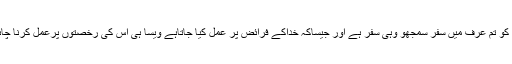
جس کو تم عُرف میں سفر سمجھو وہی سفر ہے اور جیساکہ خداکے فرائض پر عمل کیا جاتاہے ویسا ہی اس کی رخصتوں پرعمل کرنا چاہئے۔